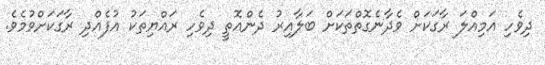
ދިވެހި އަމިއްލަ ރާގަކަށް ވެދާނެގޮތްތަކަށް ބަލާއިރު ދެންއޮތީ ދިވެހި ރައްޔިތަކު އުފެއްދި ރާގަކަށްވުމެވެ.